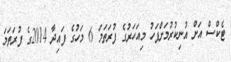
ޓެކްސް އަށް އުނިކުރުމަށްފަހު މިއަހަރުގެ ފުރަތަމަ 6 މަހުގެ ފައިދާ 2014ގެ ފުރަތަމަ